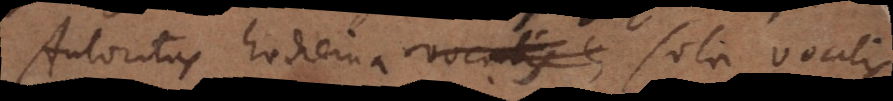
Autoritas hodierna vocalis e sola vocalis